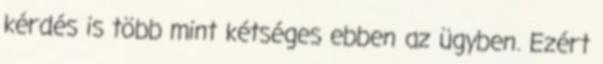
kérdés is több mint kétséges ebben az ügyben. Ezért